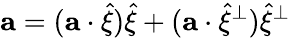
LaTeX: \mathbf{a}=(\mathbf{a}\cdot\widehat{\mathbf{\xi}})\widehat{\mathbf{\xi}}+(\mathbf{a}\cdot\widehat{\mathbf{\xi}}^{\perp})\widehat{\mathbf{\xi}}^{\perp}